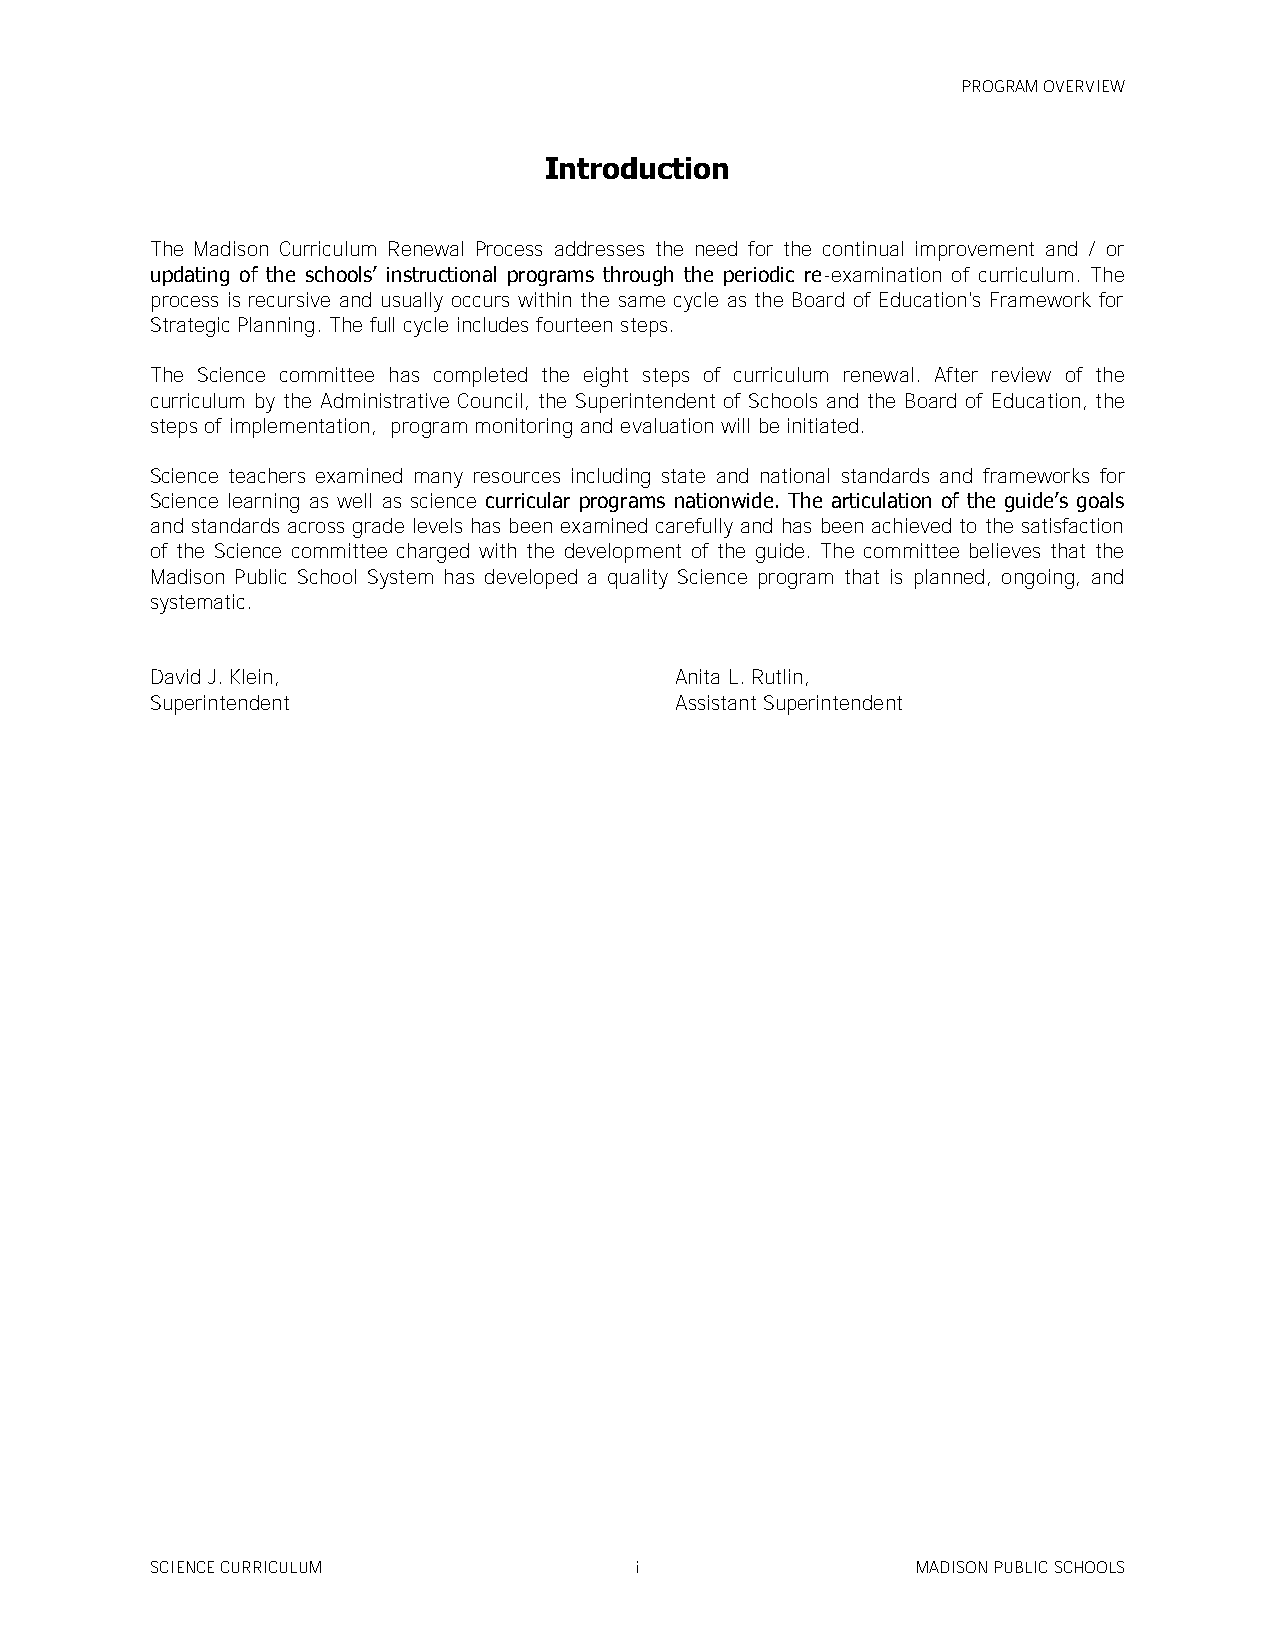
PROGRAM OVERVIEW
 Introduction
 The Madison Curriculum Renewal Process addresses the need for the continual improvement and / or
 updating of the schools’ instructional programs through the periodic re-examination of curriculum. The
 process is recursive and usually occurs within the same cycle as the Board of Education's Framework for
 Strategic Planning. The full cycle includes fourteen steps.
 The Science committee has completed the eight steps of curriculum renewal. After review of the
 curriculum by the Administrative Council, the Superintendent of Schools and the Board of Education, the
 steps of implementation, program monitoring and evaluation will be initiated.
 Science teachers examined many resources including state and national standards and frameworks for
 Science learning as well as science curricular programs nationwide. The articulation of the guide’s goals
 and standards across grade levels has been examined carefully and has been achieved to the satisfaction
 of the Science committee charged with the development of the guide. The committee believes that the
 Madison Public School System has developed a quality Science program that is planned, ongoing, and
 systematic.
 David J. Klein,                    Anita L. Rutlin,
 Superintendent                     Assistant Superintendent
 SCIENCE CURRICULUM              i                  MADISON PUBLIC SCHOOLS